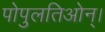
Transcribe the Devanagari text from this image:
पोपुलतिओन्।